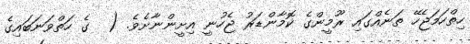
ހިތްހަމަޖެހޭ ތަނެއްގައި ރޫމީންގެ ކޮމާންޑަރު ޖެހުނީ އިށީންނާށެވެ. (  ގެ ހަތްވަނަބައިގެ